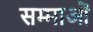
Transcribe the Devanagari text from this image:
सम्माओं